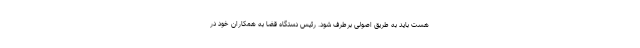
هست باید به طریق اصولی برطرف شود. رئیس دستگاه قضا به همکاران خود در